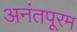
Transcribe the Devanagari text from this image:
अनंतपूरम